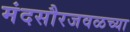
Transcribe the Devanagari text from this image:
मंदसौरजवळच्या